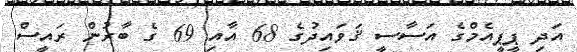
އަދި ޕީޕީއެމްގެ އަސާސީ ޤަވައިދުގެ 68 އާއި 69 ގެ ބާރުން ރައީސް